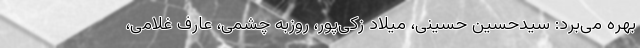
بهره می‌برد: سیدحسین حسینی، میلاد زکی‌پور، روزبه چشمی، عارف غلامی،